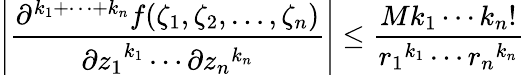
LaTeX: \left|{\frac{\partial^{k_{1}+\cdots+k_{n}}f(\zeta_{1},\zeta_{2},\ldots,\zeta_{n})}{{\partial z_{1}}^{k_{1}}\cdots\partial{z_{n}}^{k_{n}}}}\right|\leq{\frac{Mk_{1}\cdots k_{n}!}{{r_{1}}^{k_{1}}\cdots{r_{n}}^{k_{n}}}}